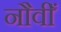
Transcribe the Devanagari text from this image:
नौवीँ